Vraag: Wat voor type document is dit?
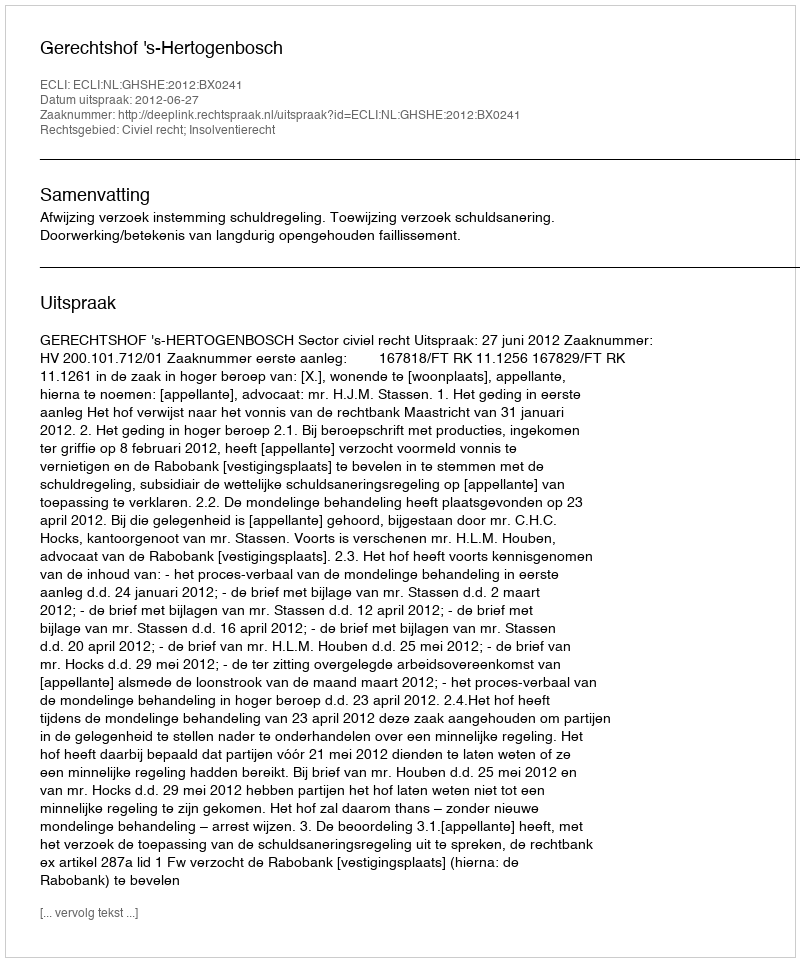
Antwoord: Uitspraak